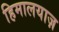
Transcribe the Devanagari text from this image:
हिमालयाज़